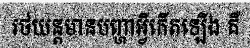
រថយន្តមានបញ្ហាអ្វីកើតឡើង គឺ